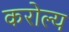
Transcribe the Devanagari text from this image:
करोल्य